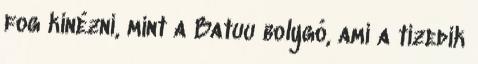
fog kinézni, mint a Batuu bolygó, ami a tizedik